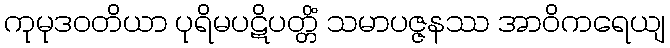
ကုမုဒဝတိယာ ပုရိမပဋိပတ္တိံ သမာပဇ္ဇနဿ အာဝိကရေယျ